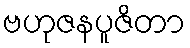
ဗဟုဇနပူဇိတာ